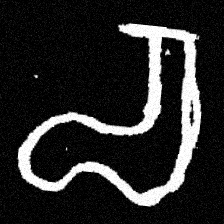
Pyu character \u2014 Myanmar letter: စ (romanized: ca)